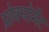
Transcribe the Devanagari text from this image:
प्रोक्योर्मेंट